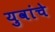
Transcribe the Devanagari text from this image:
युवांचे